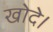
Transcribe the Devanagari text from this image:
खोदे।